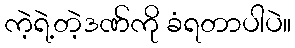
ကဲ့ရဲ့တဲ့ဒဏ်ကို ခံရတာပါပဲ။